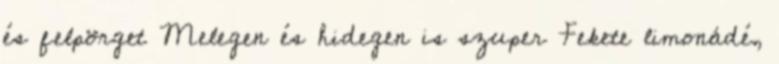
és felpörget Melegen és hidegen is szuper Fekete limonádé,